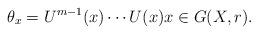
LaTeX: \begin{align*}\theta_x=U^{m-1}(x)\cdots U(x)x\in G(X,r).\end{align*}